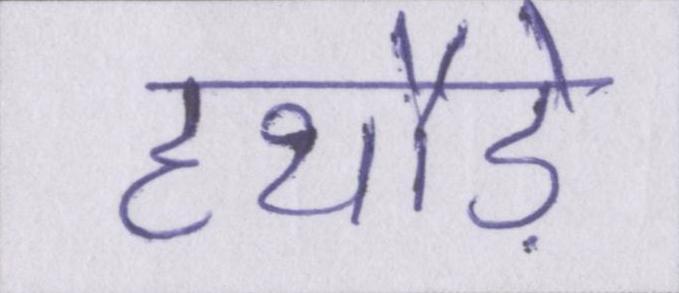
हथौड़े